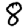
Digit: 8